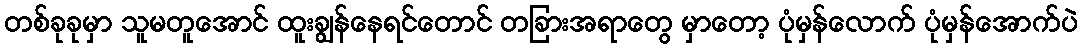
တစ်ခုခုမှာ သူမတူအောင် ထူးချွန်နေရင်တောင် တခြားအရာတွေ မှာတော့ ပုံမှန်လောက် ပုံမှန်အောက်ပဲ